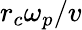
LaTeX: r_{c}\omega_{p}/v